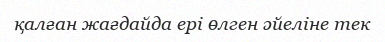
қалған жағдайда ері өлген әйеліне тек